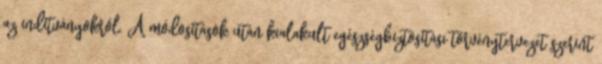
az indítványokról. A módosítások után kialakult egészségbiztosítási törvénytervezet szerint